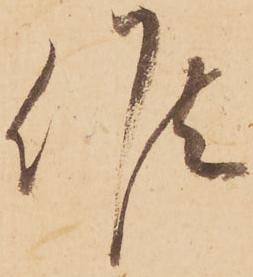
候